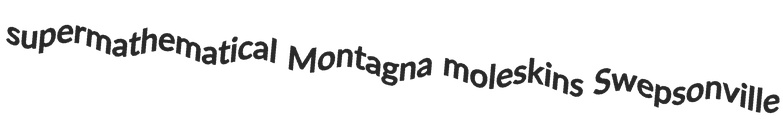
supermathematical Montagna moleskins Swepsonville